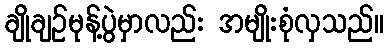
ချိုချဉ်မုန့်ပွဲမှာလည်း အမျိုးစုံလှသည်။